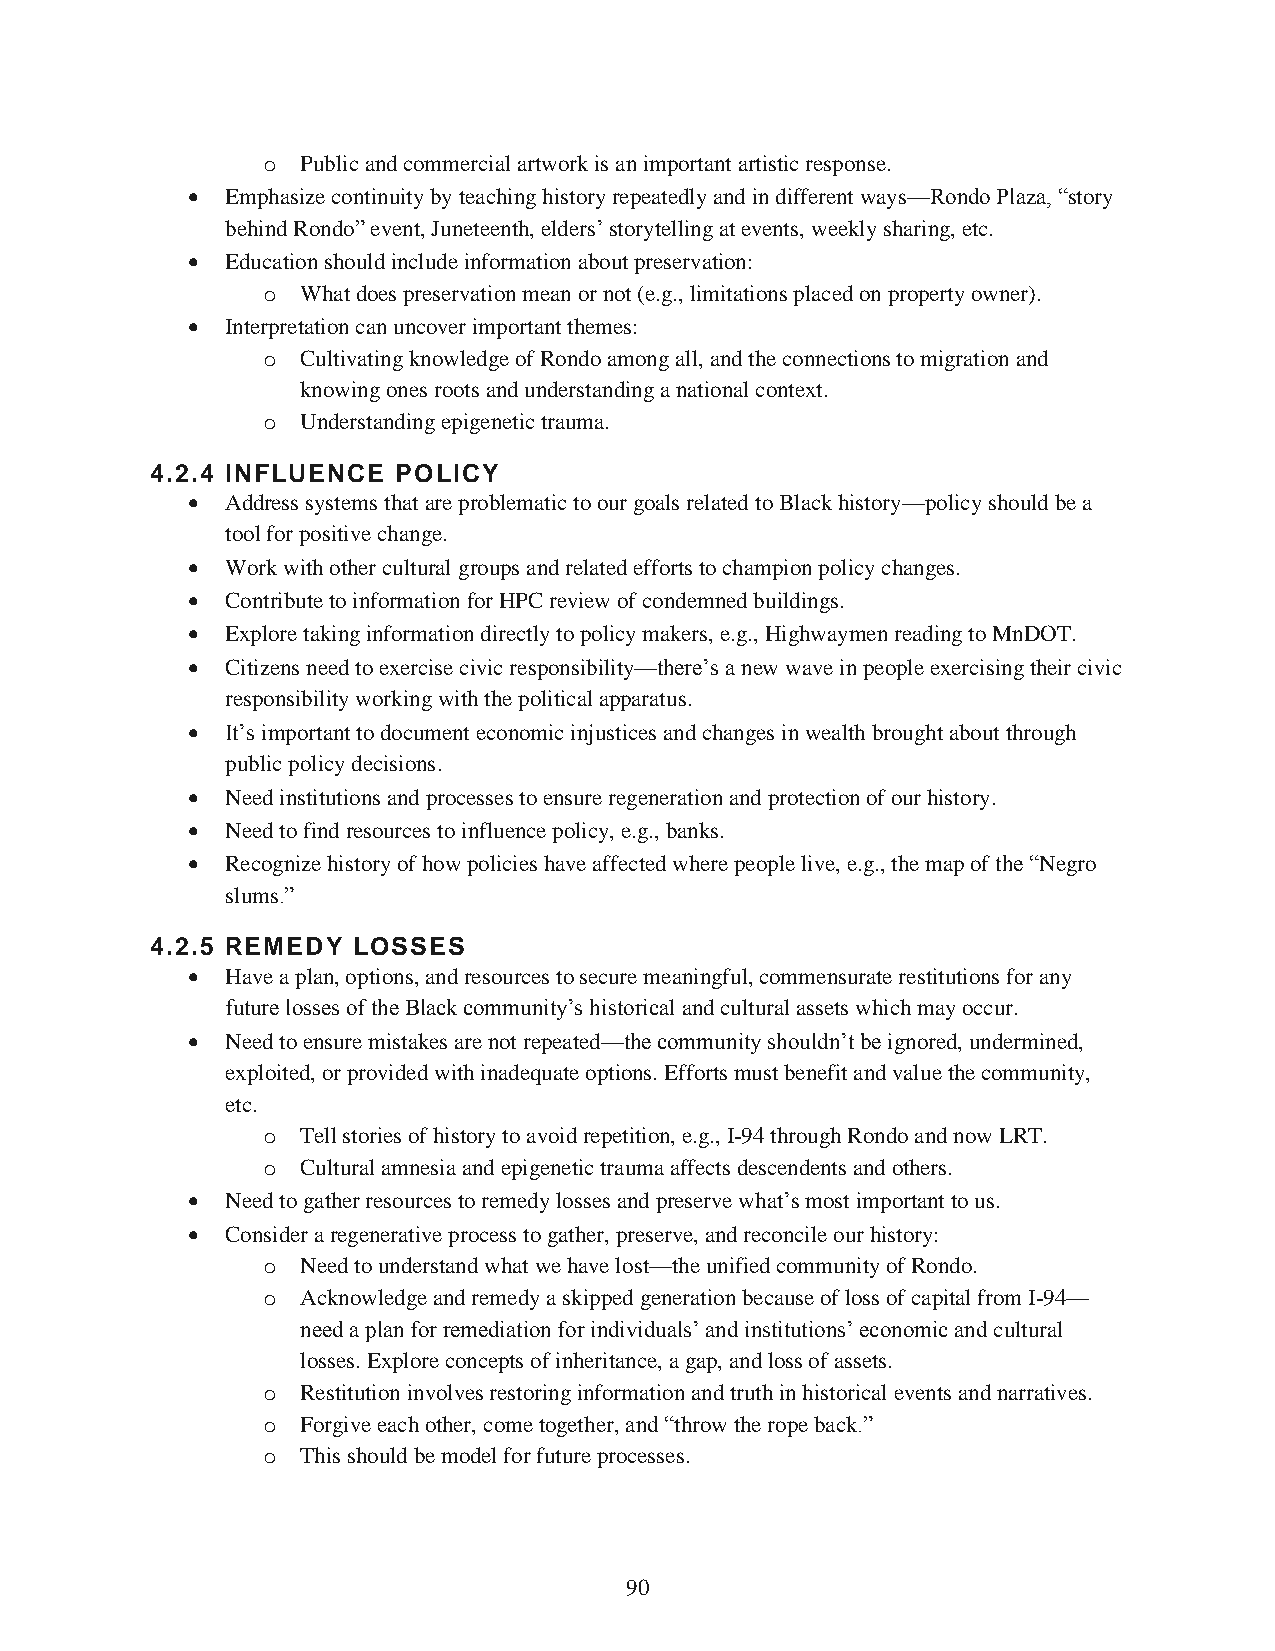
o  Public and commercial artwork is an important artistic response.
   Emphasize continuity by teaching history repeatedly and in different ways—Rondo Plaza, “story
 behind Rondo” event, Juneteenth, elders’ storytelling at events, weekly sharing, etc.
   Education should include information about preservation:
 o  What does preservation mean or not (e.g., limitations placed on property owner).
   Interpretation can uncover important themes:
 o  Cultivating knowledge of Rondo among all, and the connections to migration and
 knowing ones roots and understanding a national context.
 o  Understanding epigenetic trauma.
 4.2.4 INFLUENCE POLICY
   Address systems that are problematic to our goals related to Black history—policy should be a
 tool for positive change.
   Work with other cultural groups and related efforts to champion policy changes.
   Contribute to information for HPC review of condemned buildings.
   Explore taking information directly to policy makers, e.g., Highwaymen reading to MnDOT.
   Citizens need to exercise civic responsibility—there’s a new wave in people exercising their civic
 responsibility working with the political apparatus.
   It’s important to document economic injustices and changes in wealth brought about through
 public policy decisions.
   Need institutions and processes to ensure regeneration and protection of our history.
   Need to find resources to influence policy, e.g., banks.
   Recognize history of how policies have affected where people live, e.g., the map of the “Negro
 slums.”
 4.2.5 REMEDY LOSSES
   Have a plan, options, and resources to secure meaningful, commensurate restitutions for any
 future losses of the Black community’s historical and cultural assets which may occur.
   Need to ensure mistakes are not repeated—the community shouldn’t be ignored, undermined,
 exploited, or provided with inadequate options. Efforts must benefit and value the community,
 etc.
 o  Tell stories of history to avoid repetition, e.g., I-94 through Rondo and now LRT.
 o  Cultural amnesia and epigenetic trauma affects descendents and others.
   Need to gather resources to remedy losses and preserve what’s most important to us.
   Consider a regenerative process to gather, preserve, and reconcile our history:
 o  Need to understand what we have lost—the unified community of Rondo.
 o  Acknowledge and remedy a skipped generation because of loss of capital from I-94—
 need a plan for remediation for individuals’ and institutions’ economic and cultural
 losses. Explore concepts of inheritance, a gap, and loss of assets.
 o  Restitution involves restoring information and truth in historical events and narratives.
 o  Forgive each other, come together, and “throw the rope back.”
 o  This should be model for future processes.
 90